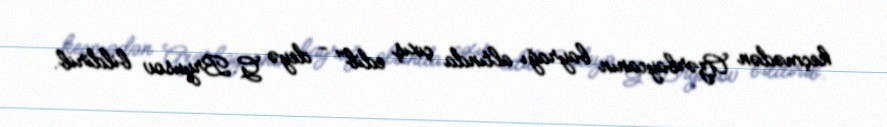
keçmədən Azərbaycanın bayrağı altında çıxış edib" - deyə G.Bryusov bildirib.